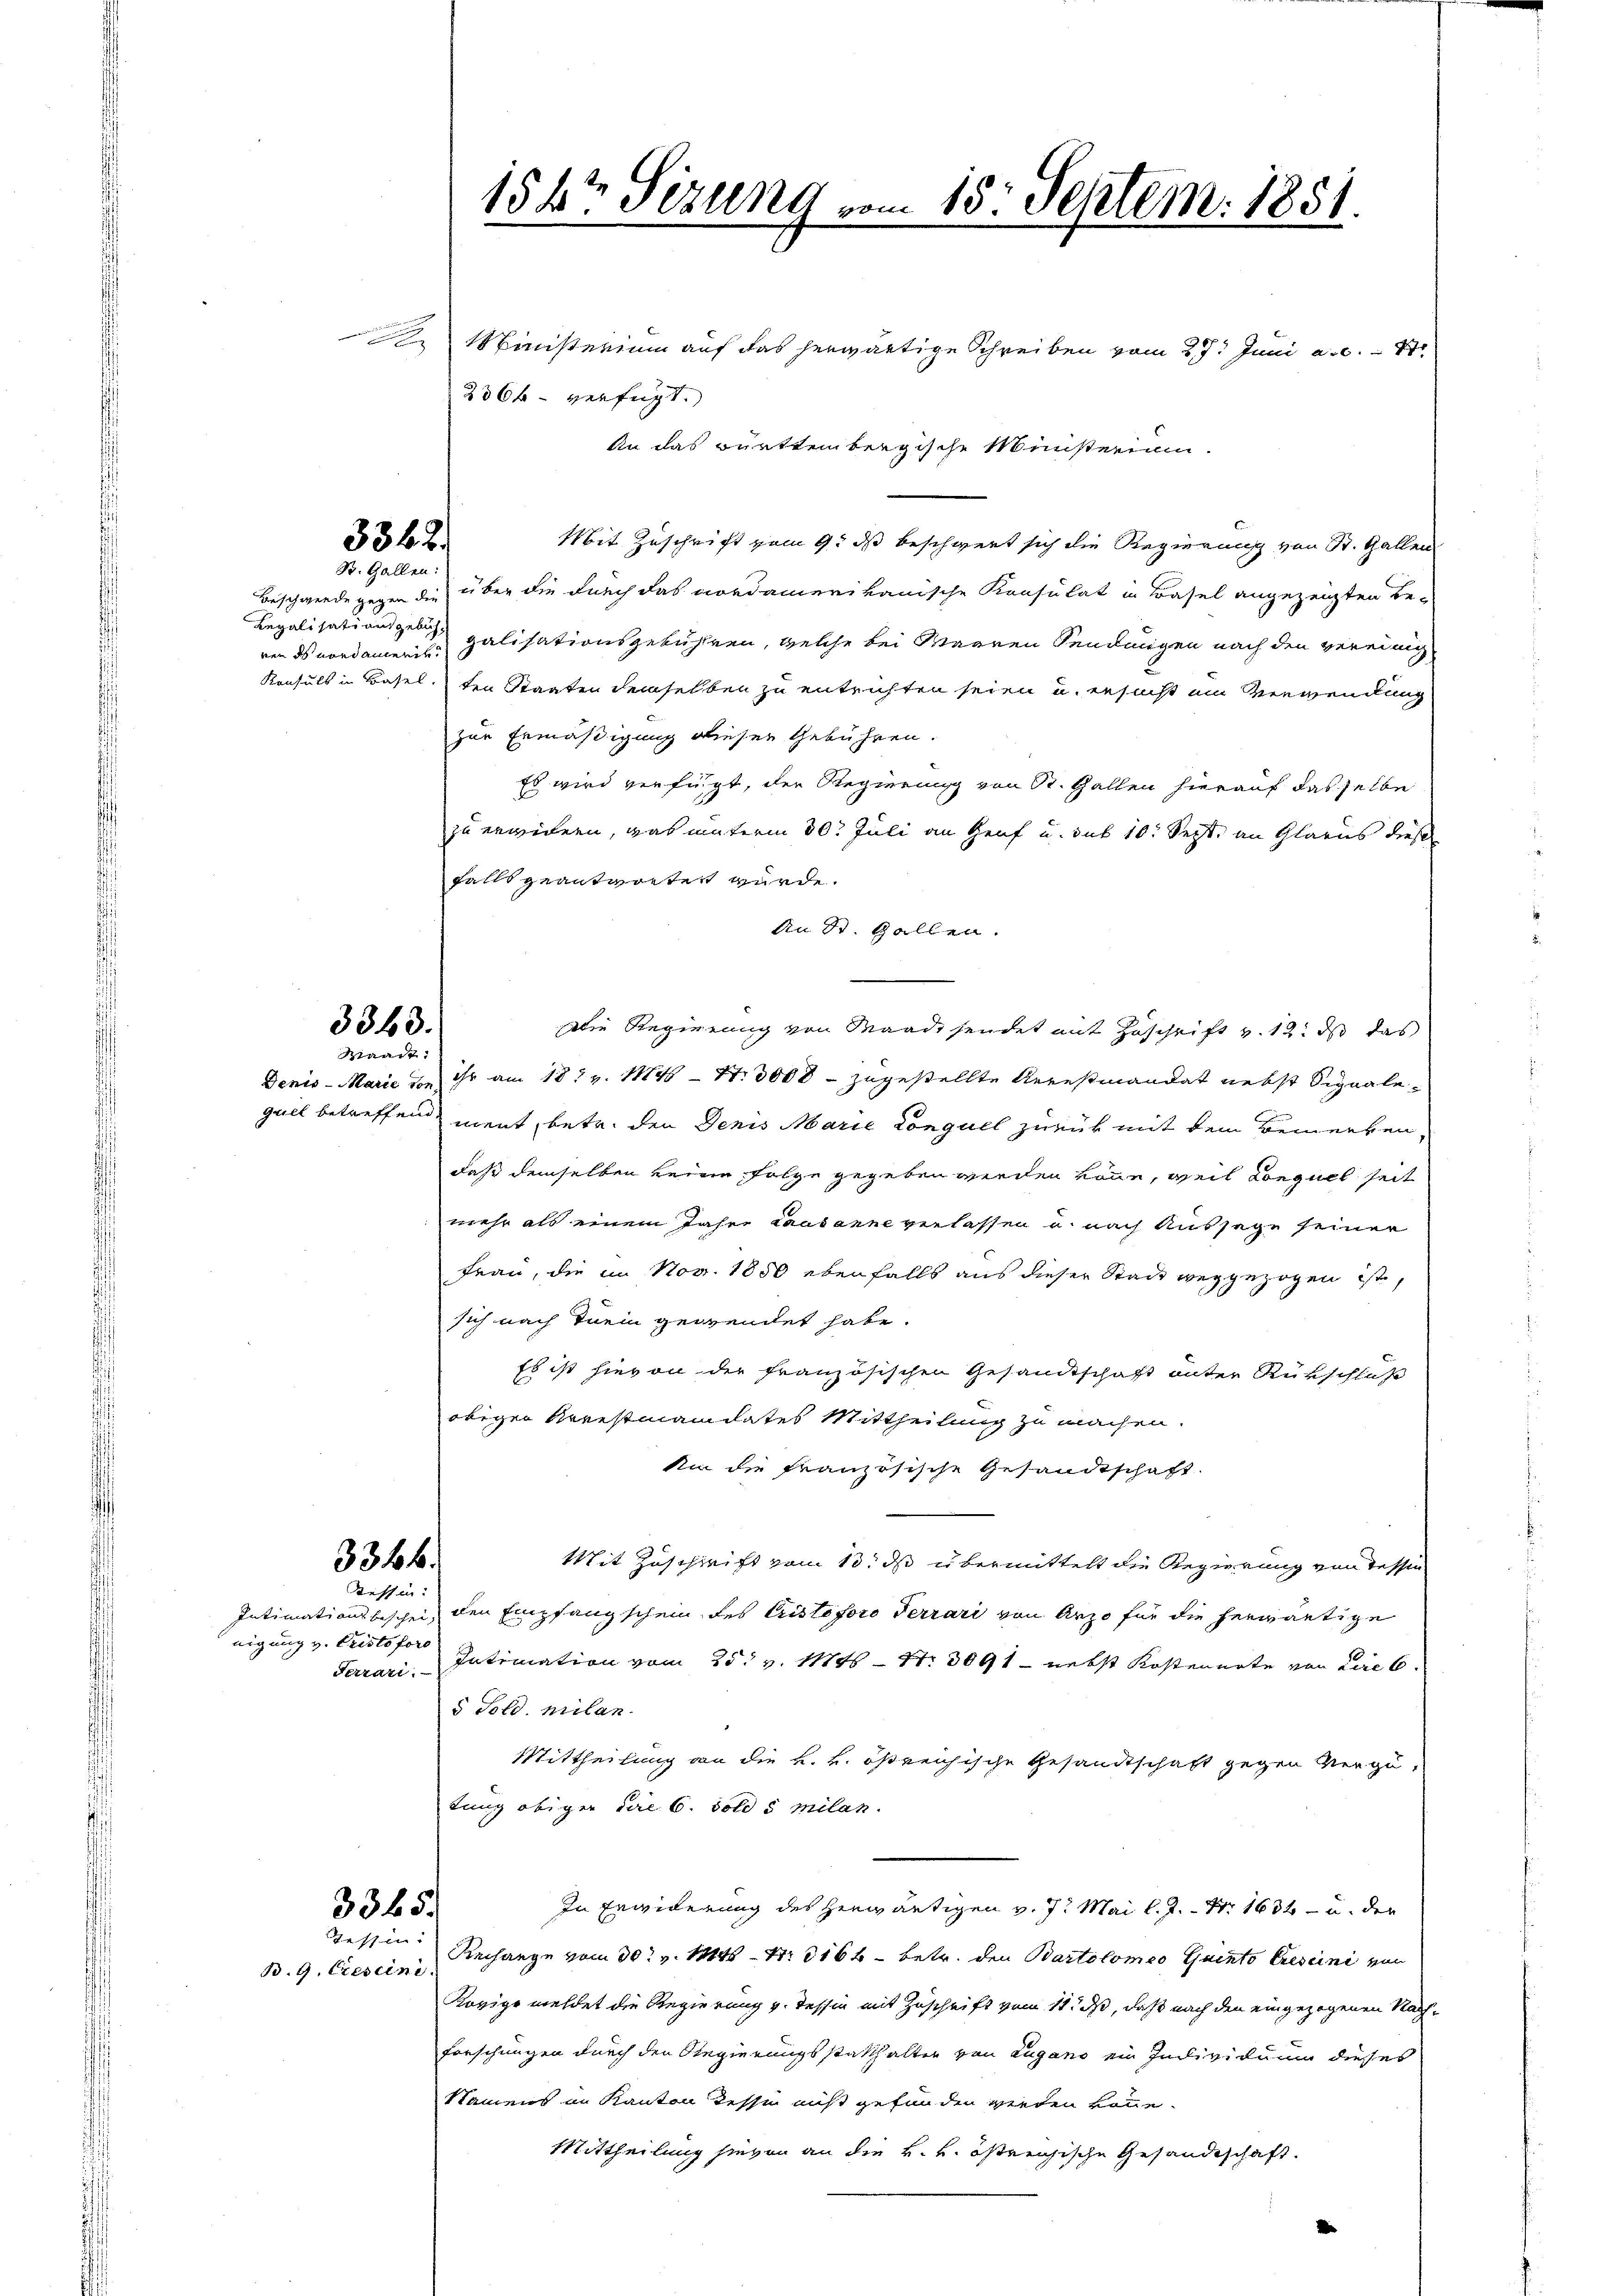
Tessin.
B. 9. Crescini

3342.
St. Gallen:

ren ds vordament

3363.
Waadt:

336 f.
Tessin:

nigung v. Pristofor
Ferrari.

3345.

154r Sitzung vom 15. Septem. 1851.

Ministerium auf das herwärtige Schreiben vom 27. Juni a.c.
236k verfügt.
Mit Zuschrift vom 9. ds beschwert sich die Regierung von St. Gallen
Beschwerde gegen die über die durch das nordamerikanische Konsulat in Basel angezeigten Be-
Legalisationsgerin galisationsgebühren, welche bei Waaren Sendungen nach den vereinig
Konsuls in Basel, den Staaten demselben zu entrichten seien u. ersucht ein Verwendung
zur Ermäßigung dieser Gebühren.
Es wird verfügt, der Regierung von St. Gallen hierauf das selbe
zu erwidern, was unterm 30. Juli an Genf u. sub 10. Sept. an Glarus diese
falls geantwortet würde.
An St. Gallen.
Die Regierung von Waadt sendet mit Zuschrift v. 12. ds das
Denis - Marie von ihr am 18t v. 1848 - N: 3000 - zugestellte Arrestiandat nebst Signaleguel betreffen ment, betr. den Denis Marie Conguel zurück mit dem Bemerken,
daß demselben keine Folge gegeben werden könne, weil conquel seit
mehr als einem Jahre Lausanne verlassen u. nach Aussage seiner
Frau, die im Nov. 1850 ebenfalls aus dieser Stadt weggezogen ist,
sich nach Inein gewendet habe.
Es ist hievon der französischen Gesandtschaft unter Rückschluß
obiger Arrestmandates Mittheilung zu machen.
Ain die französische Gesandtschaft.
Mit Zuschrift vom 13. ds übermittelt die Regierung von Tessin
Intimationsbeschein, den Empfangschein des Cristoforo Terrari von Arzo für die herwärtige
Intimation vom 25t v. 11845 — 11. 3091 - nebst Kostenerte von Lieb
5 Told. Milan
Mittheilung an die k. k. östreichische Gesandtschaft gegen Vergütung obiger die 6. Solds Milan
In Erwiderung des herwärtigen v. 7. Mai l. J. Nr. 1634 - u. der
Rechange vom 30. v. 14146 - 4. 3166 - betr. den Bartolomeo Quinto Crescini von
Rovige meldet die Regierung v. Tessin mit Zuschrift vom 11. ds, daß nach den eingezogenen Nach¬
Forschungen durch den Regierungsstatthalter von Lugano ein Individuum dieses
Namens in Kanton Tesse nicht gefunden werden könne.
Mittheilung hievon an die k. k. östreichische Gesandtschaft.

An das württembergische Ministerium.